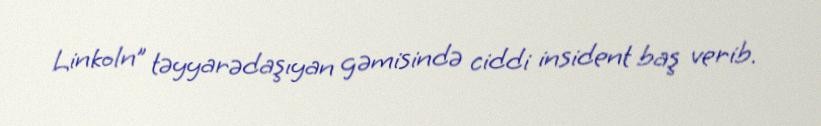
Linkoln” təyyarədaşıyan gəmisində ciddi insident baş verib.